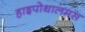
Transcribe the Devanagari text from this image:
हाइपोथालमस